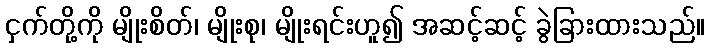
ငှက်တို့ကို မျိုးစိတ်၊ မျိုးစု၊ မျိုးရင်းဟူ၍ အဆင့်ဆင့် ခွဲခြားထားသည်။